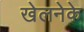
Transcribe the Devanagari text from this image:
खेलनेके